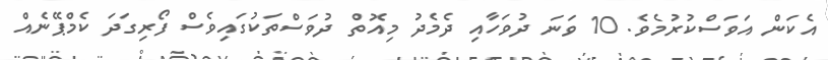
އެކަން އަވަސްކުރުމެވެ. 10 ވަނަ ދުވަހާއި ދެމެދު މިއޮތް ދުވަސްތަކުގައިވެސް ފޯރިގަދަ ކެމްޕޭނެއް